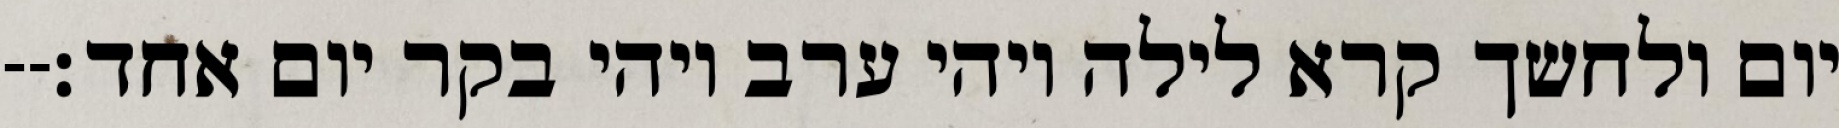
יום ולחשך קרא לילה ויהי ערב ויהי בקר יום אחד׃--